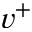
v ^ { + }